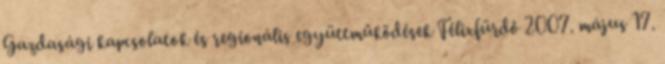
Gazdasági kapcsolatok és regionális együttműködések Félixfürdő 2007. május 17.